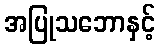
အပြုသဘောနှင့်